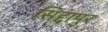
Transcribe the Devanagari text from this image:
सिद्दापुर